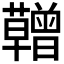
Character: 𮓆